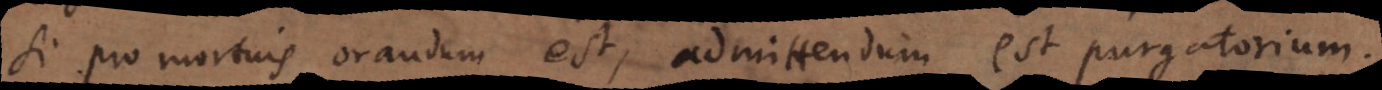
si pro mortuis orandum est, admittendum est purgatorium.